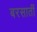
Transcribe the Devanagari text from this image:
बरसातीं